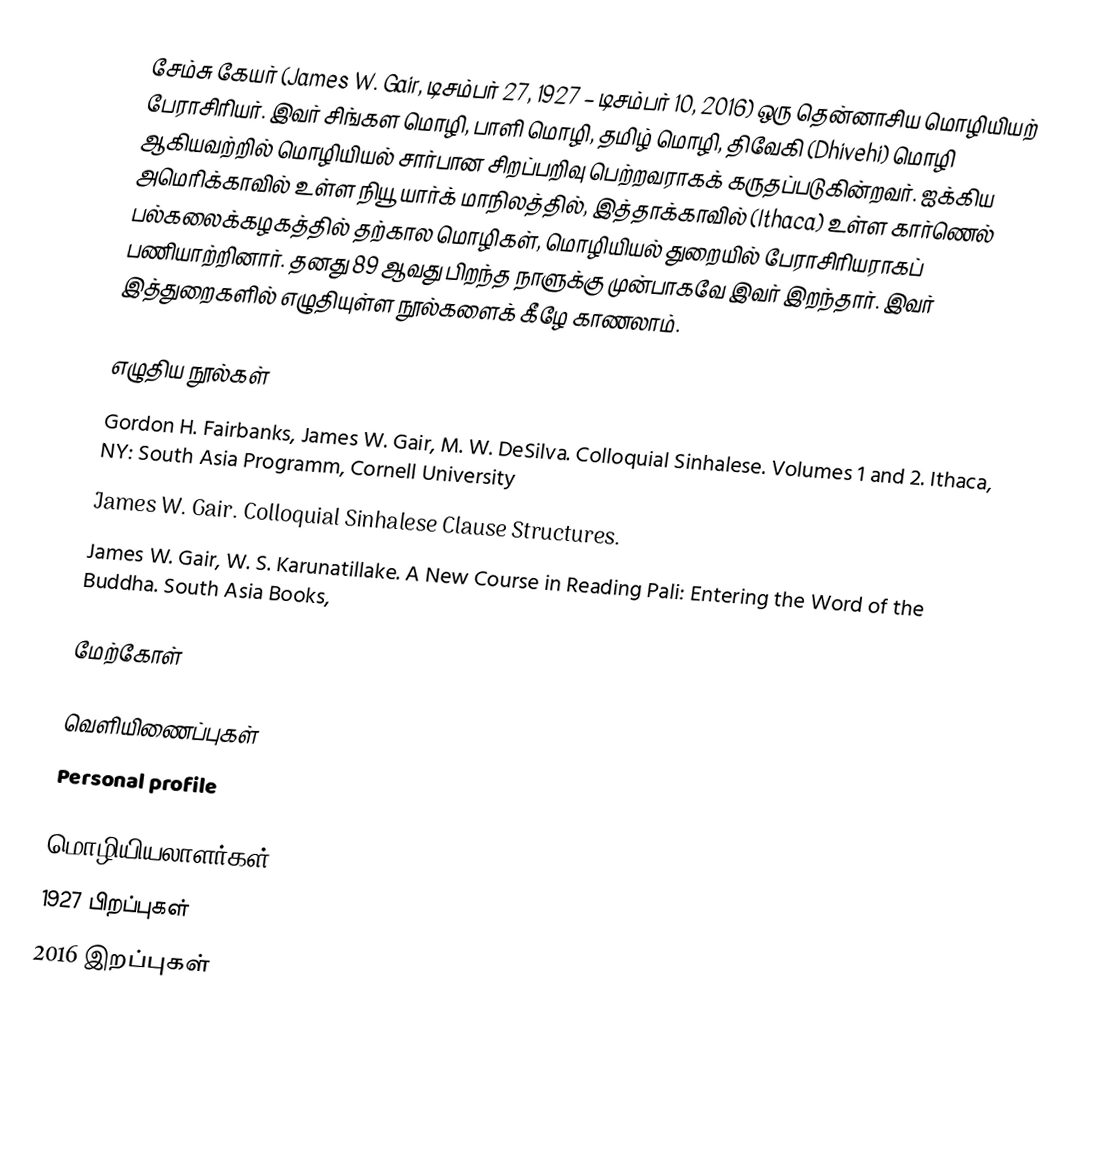
சேம்சு கேயர் (James W. Gair, டிசம்பர் 27, 1927 – டிசம்பர் 10, 2016) ஒரு தென்னாசிய மொழியியற் பேராசிரியர். இவர் சிங்கள மொழி, பாளி மொழி, தமிழ் மொழி, திவேகி (Dhivehi) மொழி ஆகியவற்றில் மொழியியல் சார்பான சிறப்பறிவு பெற்றவராகக் கருதப்படுகின்றவர். ஐக்கிய அமெரிக்காவில் உள்ள நியூ யார்க் மாநிலத்தில், இத்தாக்காவில் (Ithaca) உள்ள கார்ணெல் பல்கலைக்கழகத்தில் தற்கால மொழிகள், மொழியியல் துறையில் பேராசிரியராகப் பணியாற்றினார். தனது 89 ஆவது பிறந்த நாளுக்கு முன்பாகவே இவர் இறந்தார். இவர் இத்துறைகளில் எழுதியுள்ள நூல்களைக் கீழே காணலாம்.

எழுதிய நூல்கள்
Gordon H. Fairbanks, James W. Gair, M. W. DeSilva. Colloquial Sinhalese. Volumes 1 and 2. Ithaca, NY: South Asia Programm, Cornell University
James W. Gair. Colloquial Sinhalese Clause Structures.
James W. Gair, W. S. Karunatillake. A New Course in Reading Pali: Entering the Word of the Buddha. South Asia Books,

மேற்கோள்

வெளியிணைப்புகள்
Personal profile

மொழியியலாளர்கள்
1927 பிறப்புகள்
2016 இறப்புகள்